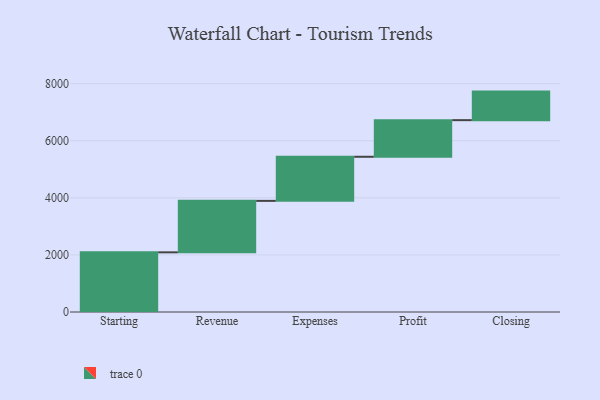
{"axis": {"x": "Step", "y": "Value"}, "legend": [""], "data": [{"x": "Starting", "y": 2090.0, "type": ""}, {"x": "Revenue", "y": 1803.0, "type": ""}, {"x": "Expenses", "y": 1545.0, "type": ""}, {"x": "Profit", "y": 1283.0, "type": ""}, {"x": "Closing", "y": 1000, "type": ""}]}